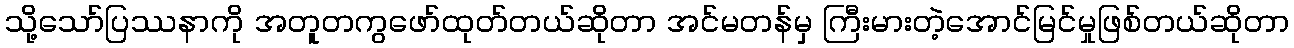
သို့သော်ပြဿနာကို အတူတကွဖော်ထုတ်တယ်ဆိုတာ အင်မတန်မှ ကြီးမားတဲ့အောင်မြင်မှုဖြစ်တယ်ဆိုတာ